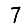
Digit: 7